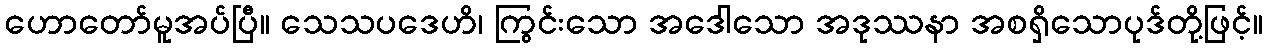
ဟောတော်မူအပ်ပြီ။ သေသပဒေဟိ၊ ကြွင်းသော အဒေါသော အဒုဿနာ အစရှိသောပုဒ်တို့ဖြင့်။